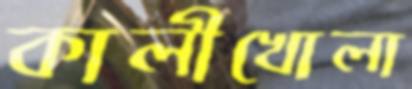
কালীখোলা